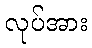
လုပ်အား